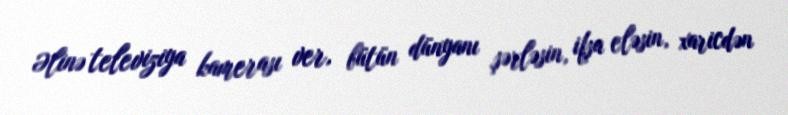
Əlinə televiziya kamerası ver, bütün dünyanı şərləsin, ifşa eləsin, xaricdən